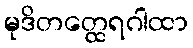
မုဒိတတ္ထေရဂါထာ